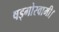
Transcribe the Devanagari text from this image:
षड्गोस्वामी।